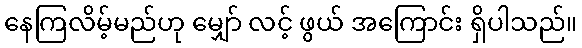
နေကြလိမ့်မည်ဟု မျှော် လင့် ဖွယ် အကြောင်း ရှိပါသည်။